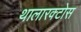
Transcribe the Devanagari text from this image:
थालारक्टोस